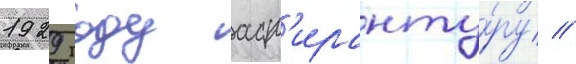
1929 году асп'иранту́ру //